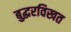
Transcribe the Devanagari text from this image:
बुद्धरविखत